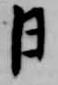
日